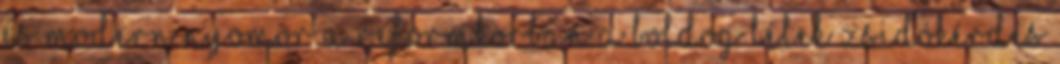
és modern nyomor a reformkorban A boldog lélek Zsidókérdés